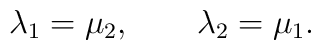
\lambda_{1}=\mu_{2}, \qquad \lambda_{2}=\mu_{1}.